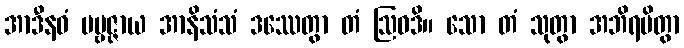
အာဒီနဝံ ပဗ္ဗဇ္ဇာယ အာနိသံသံ ဒဿေတွာ တံ ဩဝဒိ။ သော တံ သုတွာ အဘိရမိတွာ